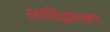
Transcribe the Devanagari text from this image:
लाचिद्भास्कर